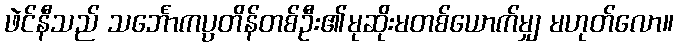
ဖဲင်နီသည် သင်္ဘောကပ္ပတိန်တစ်ဦး၏မုဆိုးမတစ်ယောက်မျှ မဟုတ်လော။